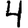
Digit: 4